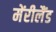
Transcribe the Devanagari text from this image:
मेंरीलैंड